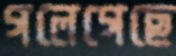
গলেগেছে